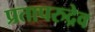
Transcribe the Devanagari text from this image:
प्रतापरुद्रेव